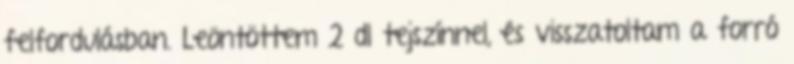
felfordulásban. Leöntöttem 2 dl tejszínnel, és visszatoltam a forró